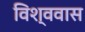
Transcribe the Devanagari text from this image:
विश्ववास